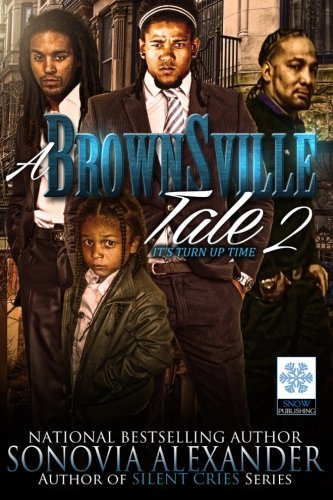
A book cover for A Brownsville Tale 2 (Volume 2); Sonovia Alexander; Literature & Fiction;